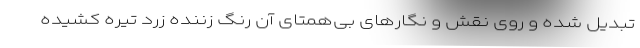
تبدیل شده و روی نقش و نگارهای بی‌همتای آن رنگ زننده زرد تیره کشیده